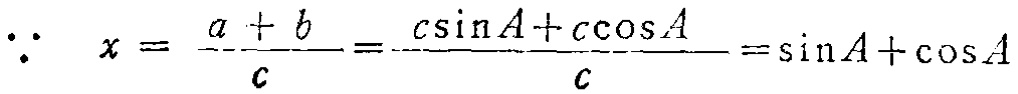
\(\because x = \frac{a + b}{c}=\frac{c\sin A + c\cos A}{c}=\sin A+\cos A\)